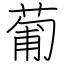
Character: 葡